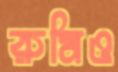
রুমিও